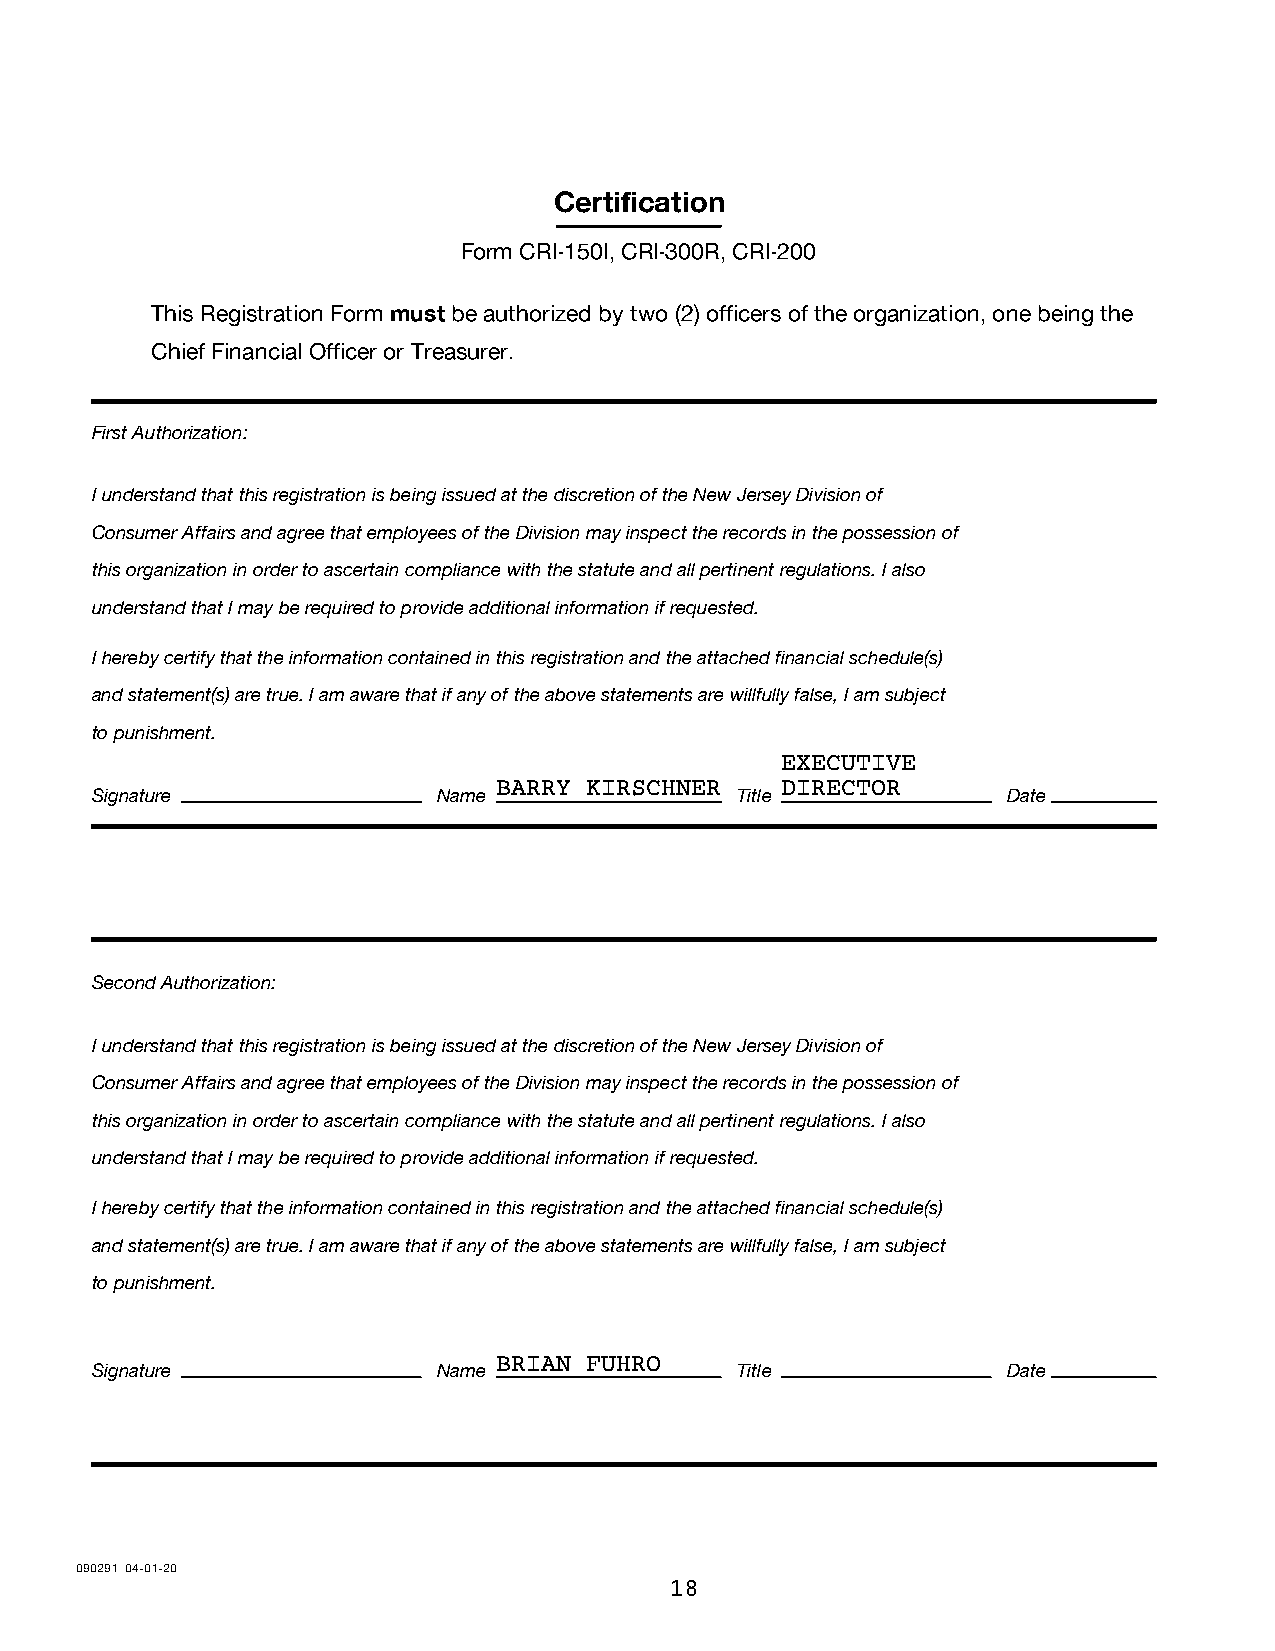
Certification
 Form CRI-150I, CRI-300R, CRI-200
 This Registration Form must be authorized by two (2) officers of the organization, one being the
 Chief Financial Officer or Treasurer.
 First Authorization:
 I understand that this registration is being issued at the discretion of the New Jersey Division of
 Consumer Affairs and agree that employees of the Division may inspect the records in the possession of
 this organization in order to ascertain compliance with the statute and all pertinent regulations. I also
 understand that I may be required to provide additional information if requested.
 I hereby certify that the information contained in this registration and the attached financial schedule(s)
 and statement(s) are true. I am aware that if any of the above statements are willfully false, I am subject
 to punishment.
 EXECUTIVE
 BARRY KIRSCHNER    DIRECTOR
 Signature              Name                Title             Date
 Second Authorization:
 I understand that this registration is being issued at the discretion of the New Jersey Division of
 Consumer Affairs and agree that employees of the Division may inspect the records in the possession of
 this organization in order to ascertain compliance with the statute and all pertinent regulations. I also
 understand that I may be required to provide additional information if requested.
 I hereby certify that the information contained in this registration and the attached financial schedule(s)
 and statement(s) are true. I am aware that if any of the above statements are willfully false, I am subject
 to punishment.
 BRIAN FUHRO
 Signature              Name                Title             Date
 090291 04-01-20
 18